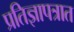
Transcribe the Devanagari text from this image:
प्रतिज्ञापत्रात